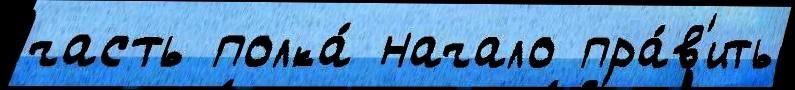
часть полка́ начало пра́в'ить